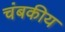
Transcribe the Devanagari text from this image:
चंबकीय